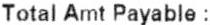
TOTAL AMT PAYABLE :